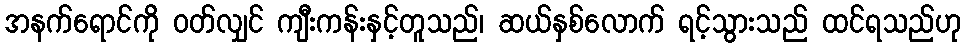
အနက်ရောင်ကို ဝတ်လျှင် ကျီးကန်းနှင့်တူသည်၊ ဆယ်နှစ်လောက် ရင့်သွားသည် ထင်ရသည်ဟု